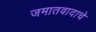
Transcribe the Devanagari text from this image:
जमातवादाचे